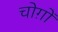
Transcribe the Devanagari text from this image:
चोग़ों